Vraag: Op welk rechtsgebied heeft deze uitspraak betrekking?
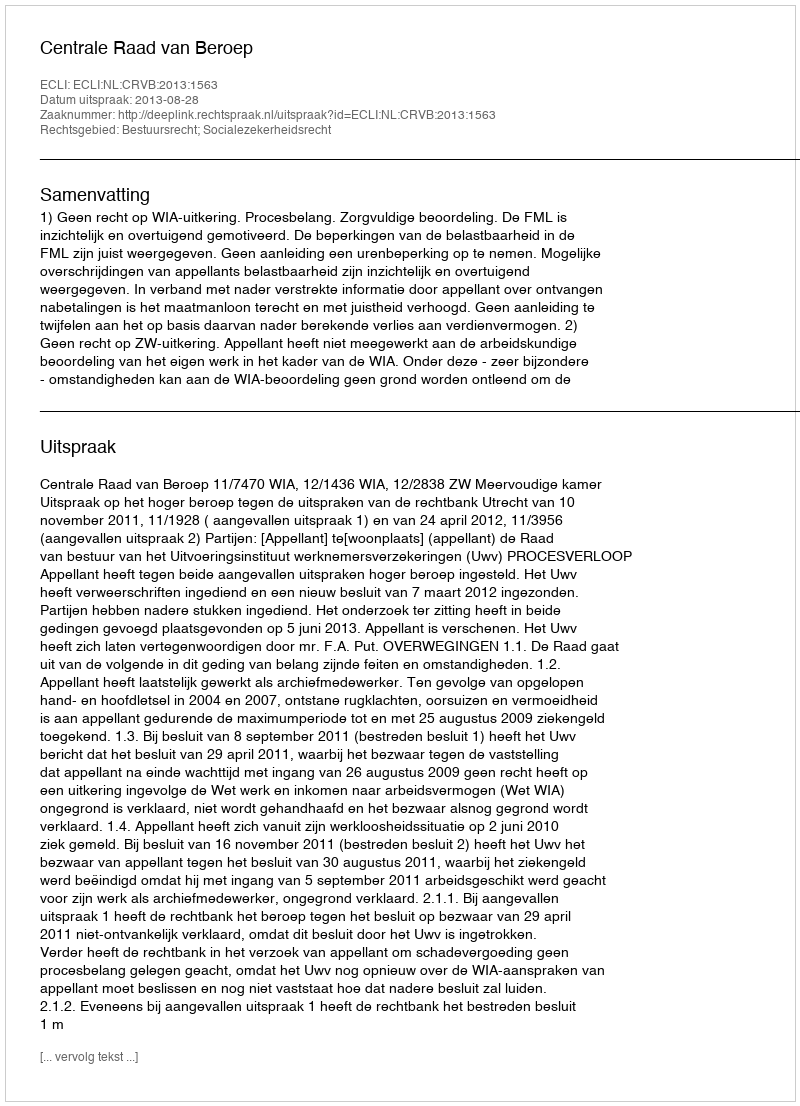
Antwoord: Bestuursrecht; Socialezekerheidsrecht